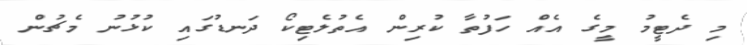
މި ދެޓީމު މީގެ އެއް ހަފުތާ ކުރިން އެތުލެޓިކޯ ދަނޑުގައި ކުޅުނު މެޗުން